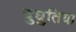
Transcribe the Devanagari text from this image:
घुघुतिया